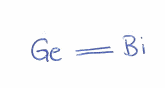
Simplified molecular-input line-entry system (SMILES) notation of the given molecule:
CC(C)[C@H]1C2=C(CCCC2)NC3=N[C@H]4CCCC[C@@H]4N13